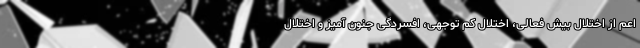
اعم از اختلال بیش فعالی، اختلال کم توجهی، افسردگی جنون آمیز و اختلال